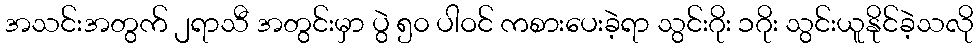
အသင်းအတွက် ၂ရာသီ အတွင်းမှာ ပွဲ ၅၀ ပါဝင် ကစားပေးခဲ့ရာ သွင်းဂိုး ၁ဂိုး သွင်းယူနိုင်ခဲ့သလို